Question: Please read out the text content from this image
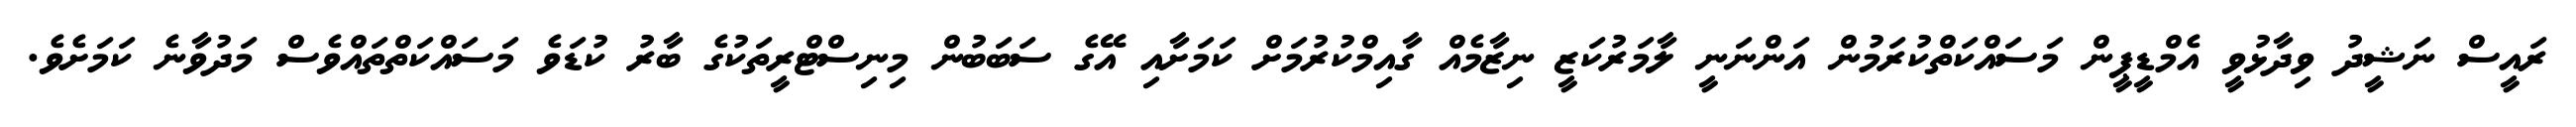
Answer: ރައީސް ނަޝީދު ވިދާޅުވީ އެމްޑީޕީން މަސައްކަތްކުރަމުން އަންނަނީ ލާމަރުކަޒީ ނިޒާމެއް ގާއިމްކުރުމަށް ކަމަށާއި އޭގެ ސަބަބުން މިނިސްޓްރީތަކުގެ ބާރު ކުޑަވެ މަސައްކަތްތައްވެސް މަދުވާނެ ކަމަށެވެ.